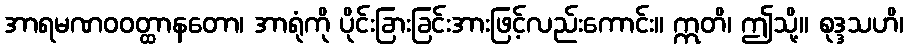
အာရမဏဝဝတ္ထာနတော၊ အာရုံကို ပိုင်းခြားခြင်းအားဖြင့်လည်းကောင်း။ ဣတိ၊ ဤသို့။ စုဒ္ဒသဟိ၊